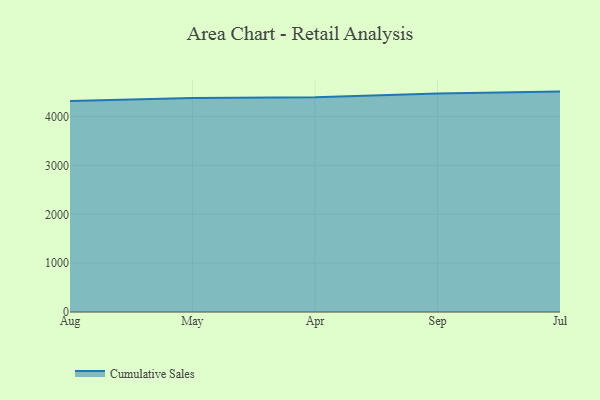
{"axis": {"x": "Month", "y": "Inventory Turnover"}, "legend": ["Cumulative Sales"], "data": [{"x": "Aug", "y": 4318.4, "type": "Cumulative Sales"}, {"x": "May", "y": 4380.1, "type": "Cumulative Sales"}, {"x": "Apr", "y": 4397.4, "type": "Cumulative Sales"}, {"x": "Sep", "y": 4475.0, "type": "Cumulative Sales"}, {"x": "Jul", "y": 4511.7, "type": "Cumulative Sales"}]}